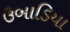
ઉબાડિયા